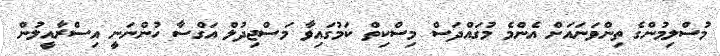
މުސްލިމުންގެ ތިންވަނައަށް އެންމެ މުގައްދަސް މިސްކިތް ކަމުގައިވާ މަސްޖިދުލް އަގްސާ ހުންނަނީ އިސްރާއީލުން